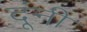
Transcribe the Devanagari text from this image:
दूंनी